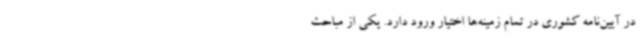
در آیین‌نامه کشوری در تمام زمینه‌ها اختیار ورود دارد. یکی از مباحث